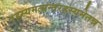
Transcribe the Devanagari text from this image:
रहस्यमत्यन्तरहस्यमेतन्न